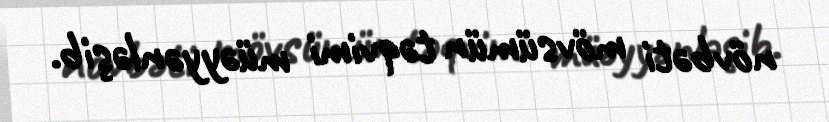
növbəti mövsümün təqvimi müəyyənləşib.